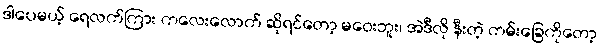
ဒါပေမယ့် ရေလက်ကြား ကလေးလောက် ဆိုရင်တော့ မဝေးဘူး၊ အဲဒီလို နီးတဲ့ ကမ်းခြေကိုတော့